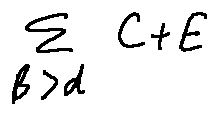
\sum \limits _ { \beta > d } C + E